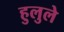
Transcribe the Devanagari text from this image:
हुलुले